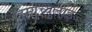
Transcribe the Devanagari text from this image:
डिम्युच्युलाइज्ड